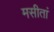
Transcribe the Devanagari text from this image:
मसीतां